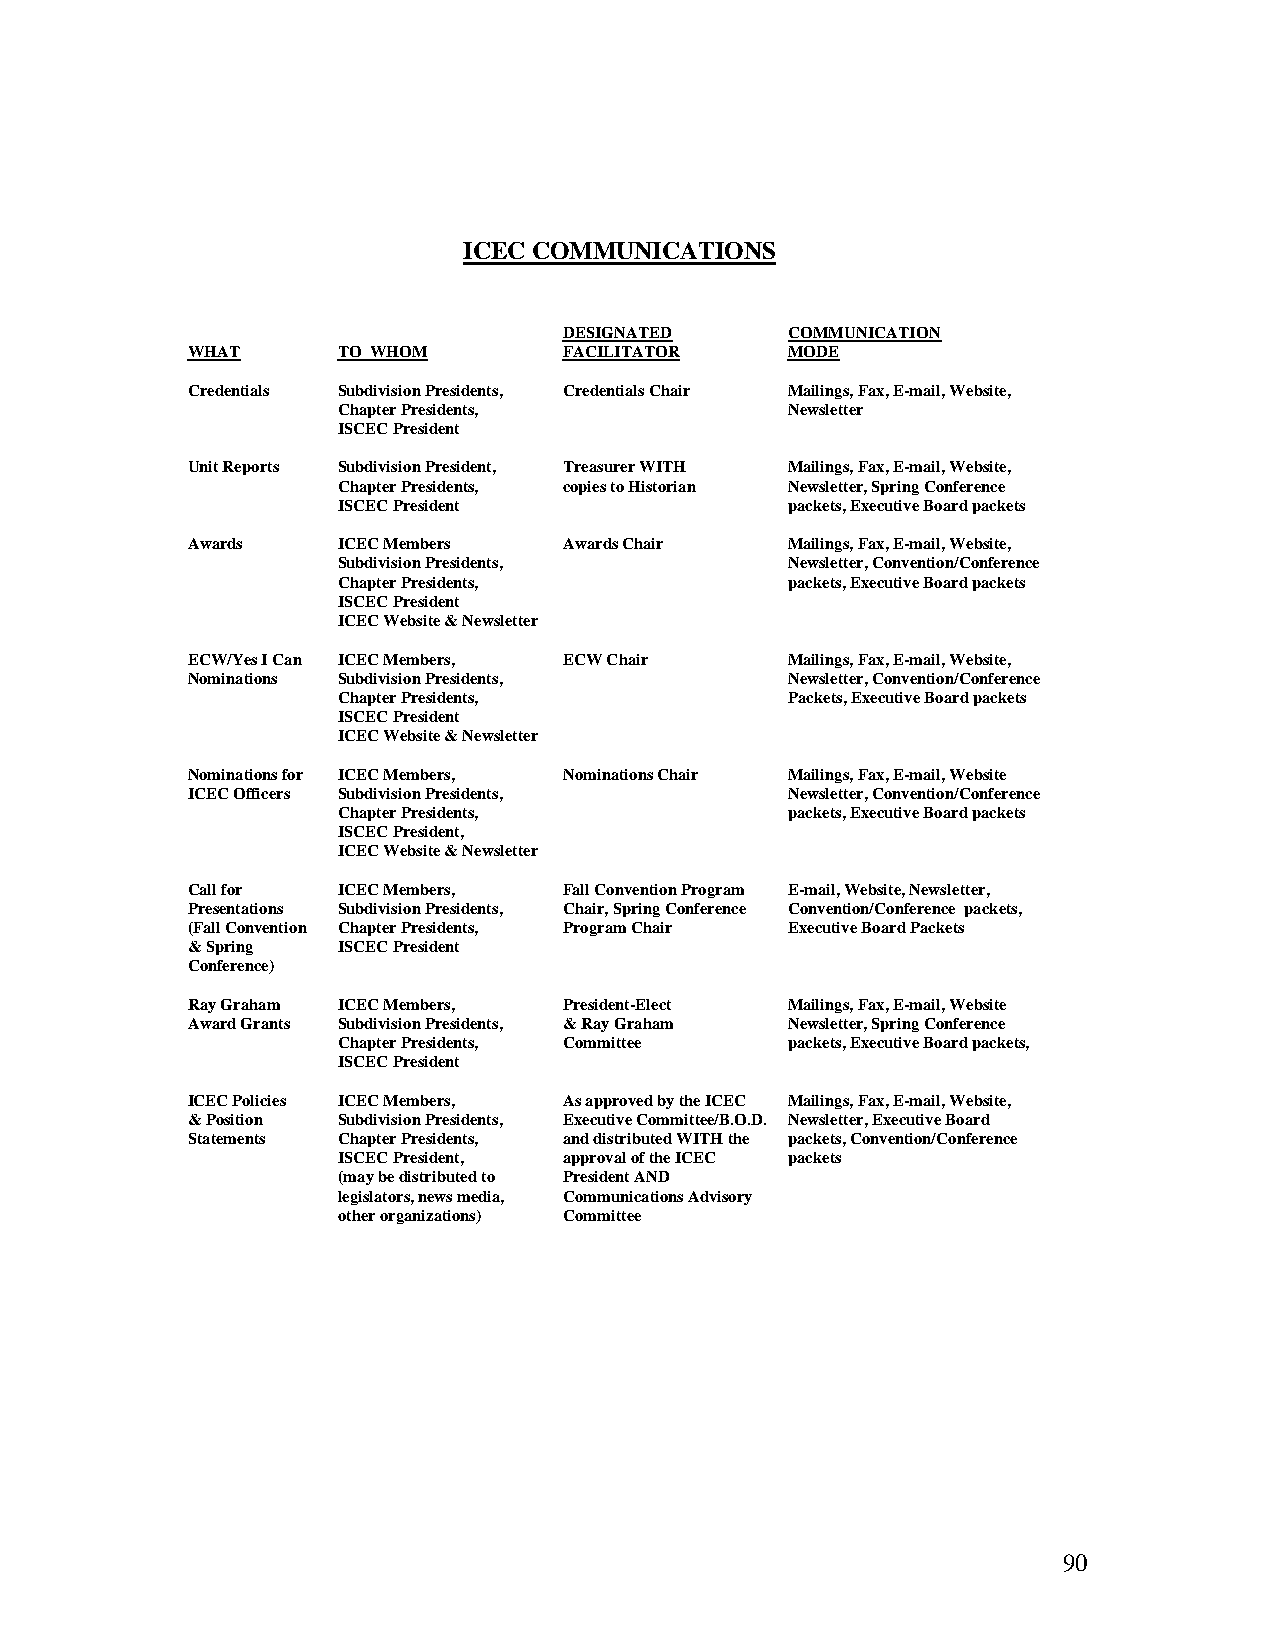
ICEC COMMUNICATIONS
 DESIGNATED     COMMUNICATION
 WHAT      TO WHOM        FACILITATOR    MODE
 Credentials Subdivision Presidents, Credentials Chair Mailings, Fax, E-mail, Website,
 Chapter Presidents,           Newsletter
 ISCEC President
 Unit Reports Subdivision President, Treasurer WITH Mailings, Fax, E-mail, Website,
 Chapter Presidents, copies to Historian Newsletter, Spring Conference
 ISCEC President               packets, Executive Board packets
 Awards    ICEC Members   Awards Chair   Mailings, Fax, E-mail, Website,
 Subdivision Presidents,       Newsletter, Convention/Conference
 Chapter Presidents,           packets, Executive Board packets
 ISCEC President
 ICEC Website & Newsletter
 ECW/Yes I Can ICEC Members, ECW Chair   Mailings, Fax, E-mail, Website,
 Nominations Subdivision Presidents,     Newsletter, Convention/Conference
 Chapter Presidents,           Packets, Executive Board packets
 ISCEC President
 ICEC Website & Newsletter
 Nominations for ICEC Members, Nominations Chair Mailings, Fax, E-mail, Website
 ICEC Officers Subdivision Presidents,   Newsletter, Convention/Conference
 Chapter Presidents,           packets, Executive Board packets
 ISCEC President,
 ICEC Website & Newsletter
 Call for  ICEC Members,  Fall Convention Program E-mail, Website, Newsletter,
 Presentations Subdivision Presidents, Chair, Spring Conference Convention/Conference packets,
 (Fall Convention Chapter Presidents, Program Chair Executive Board Packets
 & Spring  ISCEC President
 Conference)
 Ray Graham ICEC Members, President-Elect Mailings, Fax, E-mail, Website
 Award Grants Subdivision Presidents, & Ray Graham Newsletter, Spring Conference
 Chapter Presidents, Committee packets, Executive Board packets,
 ISCEC President
 ICEC Policies ICEC Members, As approved by the ICEC Mailings, Fax, E-mail, Website,
 & Position Subdivision Presidents, Executive Committee/B.O.D. Newsletter, Executive Board
 Statements Chapter Presidents, and distributed WITH the packets, Convention/Conference
 ISCEC President, approval of the ICEC packets
 (may be distributed to President AND
 legislators, news media, Communications Advisory
 other organizations) Committee
 90